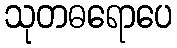
သုတဓရောပေ